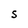
Character: S